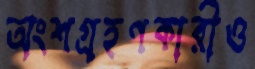
অংশগ্রহণকারীও